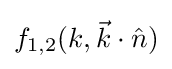
f_{1,2}(k,{\vec {k}}\cdot {\hat {n}})